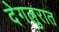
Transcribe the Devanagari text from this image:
देगलुरात